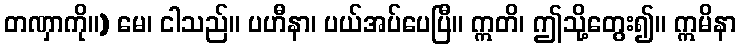
တဏှာကို။) မေ၊ ငါသည်။ ပဟီနာ၊ ပယ်အပ်ပေပြီ။ ဣတိ၊ ဤသို့တွေး၍။ ဣမိနာ